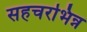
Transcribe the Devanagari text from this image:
सहचरभिन्न